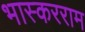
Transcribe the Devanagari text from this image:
भास्करराम